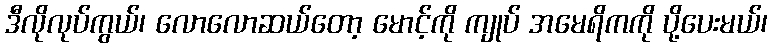
ဒီလိုလုပ်ကွယ်၊ လောလောဆယ်တော့ မောင့်ကို ကျုပ် အမေရိကကို ပို့ပေးမယ်၊